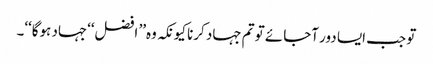
تو جب ایسا دور آجائے تو تم جہاد کرنا کیونکہ وہ’’ افضل‘‘جہاد ہوگا‘‘۔